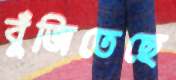
বুঁজিতেছে